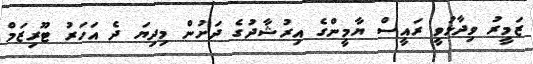
ޒަމީރު ވިދާޅުވީ ރައީސް ޔާމީންގެ އިރުޝާދުގެ ދަށުން މިދިޔަ ދެ އަހަރު ޓޫރިޒަމް